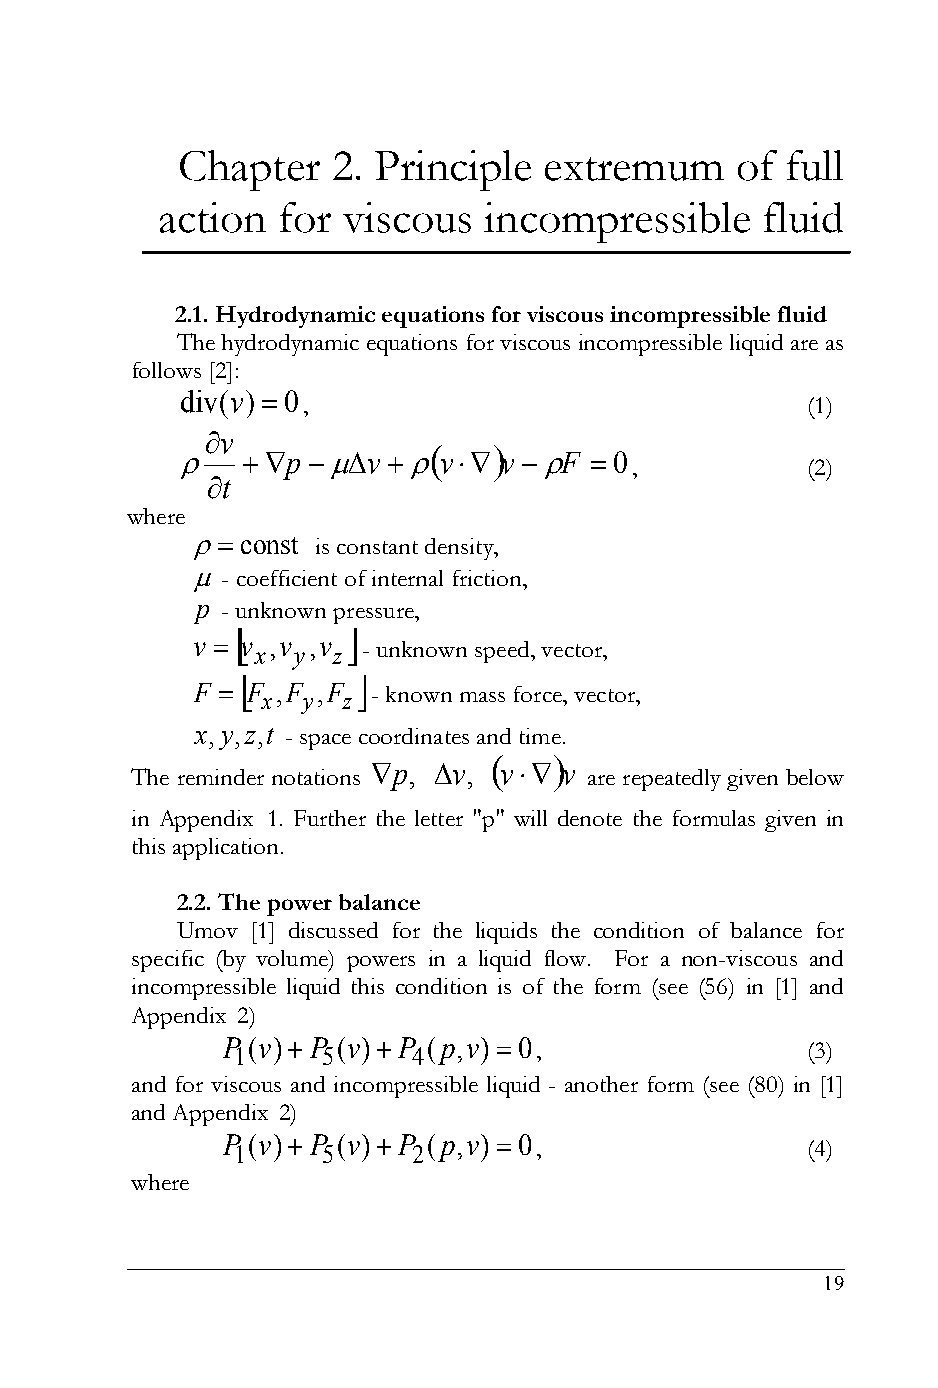
Chapter   2. Principle  extremum     of full
 action  for  viscous  incompressible    fluid
 2.1. Hydrodynamic equations for viscous incompressible fluid
 The hydrodynamic equations for viscous incompressible liquid are as
 follows [2]:
 div(v) 0
 ,                                (1)
 v
     
    p v  v  v F  0
 ,          (2)
 t
 where
  const is constant density,
  - coefficient of internal friction,
 p - unknown pressure,
        
 v  v x,v y,v z - unknown speed, vector,
        
 F  F ,F ,F - known mass force, vector,
 x  y  z
 x,y,z,t - space coordinates and time.
     
 p, v, v v
 The reminder notations        are repeatedly given below
 in Appendix 1. Further the letter "p" will denote the formulas given in
 this application.
 2.2. The power balance
 Umov [1] discussed for the liquids the condition of balance for
 specific (by volume) powers in a liquid flow. For a non-viscous and
 incompressible liquid this condition is of the form (see (56) in [1] and
 Appendix 2)
 P 1(v) P 5(v) P 4(p,v) 0,          (3)
 and for viscous and incompressible liquid - another form (see (80) in [1]
 and Appendix 2)
 P 1(v) P 5(v) P 2(p,v) 0,          (4)
 where
 19